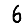
Digit: 6